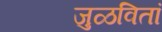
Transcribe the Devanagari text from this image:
जुळवितां